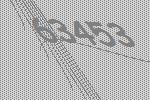
63453